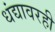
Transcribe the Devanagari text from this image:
धंद्यावरही